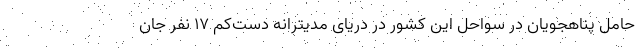
حامل پناهجویان در سواحل این کشور در دریای مدیترانه دست‌کم 17 نفر جان